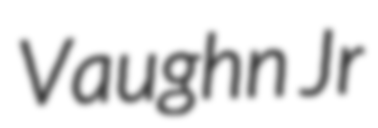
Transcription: Vaughn Jr